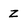
Character: Z